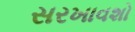
સરખાવશો